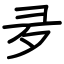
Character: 夛